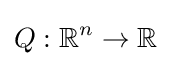
Q:\mathbb {R} ^{n}\to \mathbb {R}